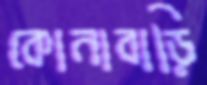
কোনাবাড়ি